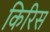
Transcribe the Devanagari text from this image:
किरिस